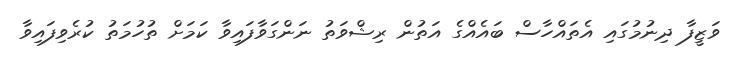
ވަޒީފާ ދިނުމުގައި އެތައްހާސް ބައެއްގެ އަތުން ރިޝްވަތު ނަންގަވާފައިވާ ކަމަށް ތުހުމަތު ކުރެވިފައިވާ